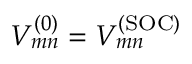
V _ { m n } ^ { ( 0 ) } = V _ { m n } ^ { ( \mathrm { S O C ) } }